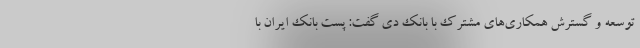
توسعه و گسترش همکاری‌های مشترک با بانک دی گفت: پست بانک ایران با